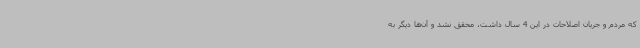
که مردم و جریان اصلاحات در این 4 سال داشت، محقق نشد و آن‌ها دیگر به